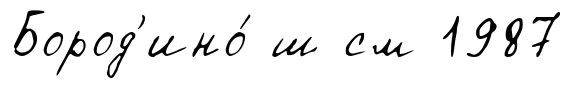
Бород'ино́ ш см 1987